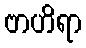
ဗာဟိရာ